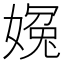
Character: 𡟰